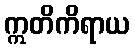
ဣတိကိရာယ